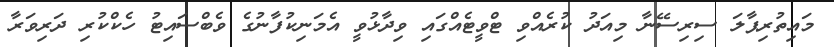
މައިތުރިޕާލަ ސިރިސޭނާ މިއަދު ކުރެއްވި ޓްވީޓެއްގައި ވިދާޅުވީ އެމަނިކުފާނުގެ ވެބްސައިޓު ހެކްކުރި ދަރިވަރާ